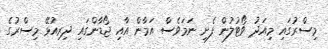
މިސްރުގައި މިއަދު ވޯޓުލުން ފެށި ނަމަވެސް އަމާން އާއި ޖޯޑާންގައި ދިރިއުޅޭ މިސްރުގެ